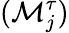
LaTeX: (\mathcal{M}_{j}^{\tau})